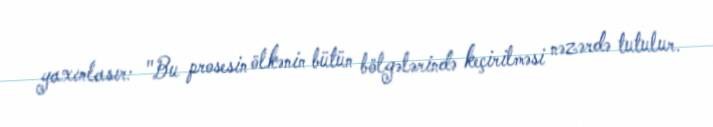
yaxınlasır: "Bu prosesin ölkənin bütün bölgələrində keçirilməsi nəzərdə tutulur.